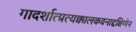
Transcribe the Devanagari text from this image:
गादर्शात्प्रत्यक्कालकवनाद्दक्षिणेन